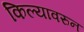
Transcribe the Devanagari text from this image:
किल्यावरुन